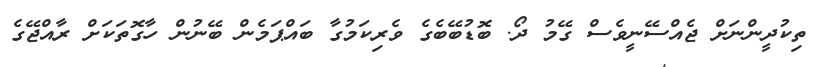
ތިކުދީންނަށް ޖެއްސޭނީވެސް ގޭމު ދޯ. ބޮޑުބޭބެގެ ވެރިކަމުގާ ބައްޕަމެން ބޭނުން ހާގޮތަކަށް ރާއްޖޭގެ